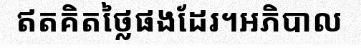
ឥតគិតថ្លៃផងដែរ។អភិបាល